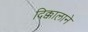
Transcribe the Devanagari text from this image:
दिक्कालाने